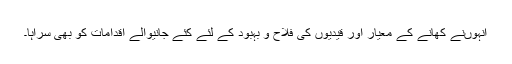
انہوںنے کھانے کے معیار اور قیدیوں کی فلاح و بہبود کے لئے کئے جانیوالے اقدامات کو بھی سراہا۔